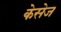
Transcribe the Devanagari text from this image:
केसेज